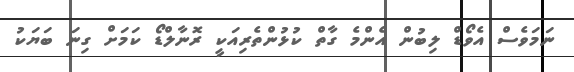
ނަމަވެސް އެވޯޑް ލިބުން އެންމެ ގާތް ކުޅުންތެރިއަކީ ރޮނާލްޑޯ ކަމަށް ގިނަ ބަޔަކު